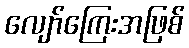
လျော်ကြေးအဖြစ်